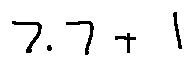
7 . 7 + 1